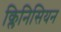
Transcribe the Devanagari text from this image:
क्लिनिसियन